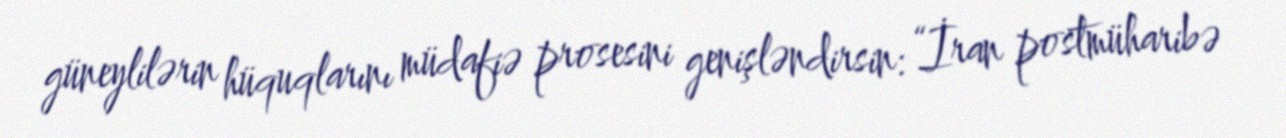
güneylilərin hüquqlarını müdafiə prosesini genişləndirsin: “İran postmüharibə